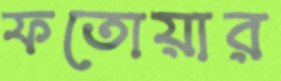
ফতোয়ার